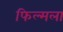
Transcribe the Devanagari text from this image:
फिल्मला